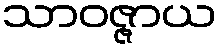
သာဝဇ္ဇာယ